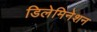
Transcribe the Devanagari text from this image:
डिलेमिनेशन